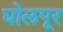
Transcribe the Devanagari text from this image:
घोलपूर